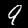
Label: 9